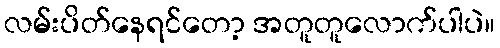
လမ်းပိတ်နေရင်တော့ အတူတူလောက်ပါပဲ။